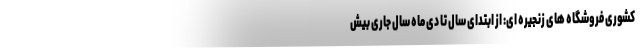
کشوری فروشگاه های زنجیره ای: از ابتدای سال تا دی ماه سال جاری بیش